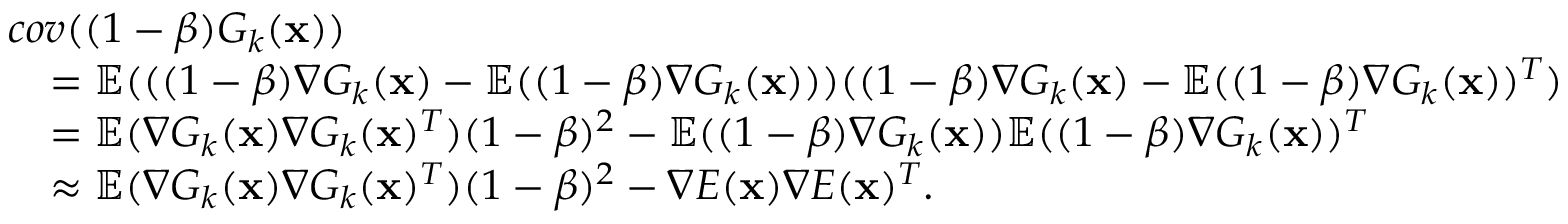
\begin{array} { r l } & { c o v ( ( 1 - \beta ) G _ { k } ( \mathbf { x } ) ) } \\ & { \quad = { \mathbb { E } } ( ( ( 1 - \beta ) \nabla G _ { k } ( \mathbf { x } ) - { \mathbb { E } } ( ( 1 - \beta ) \nabla G _ { k } ( \mathbf { x } ) ) ) ( ( 1 - \beta ) \nabla G _ { k } ( \mathbf { x } ) - { \mathbb { E } } ( ( 1 - \beta ) \nabla G _ { k } ( \mathbf { x } ) ) ^ { T } ) } \\ & { \quad = { \mathbb { E } } ( \nabla G _ { k } ( \mathbf { x } ) \nabla G _ { k } ( \mathbf { x } ) ^ { T } ) ( 1 - \beta ) ^ { 2 } - { \mathbb { E } } ( ( 1 - \beta ) \nabla G _ { k } ( \mathbf { x } ) ) { \mathbb { E } } ( ( 1 - \beta ) \nabla G _ { k } ( \mathbf { x } ) ) ^ { T } } \\ & { \quad \approx { \mathbb { E } } ( \nabla G _ { k } ( \mathbf { x } ) \nabla G _ { k } ( \mathbf { x } ) ^ { T } ) ( 1 - \beta ) ^ { 2 } - \nabla E ( \mathbf { x } ) \nabla E ( \mathbf { x } ) ^ { T } . } \end{array}